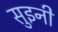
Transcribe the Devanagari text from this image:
सुइनी